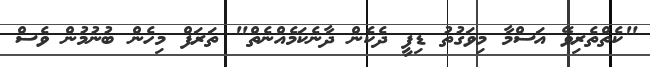
"ކެތްތެރިވޭ އަސްމާ މިވަގުތު ޑިފީ ދެކެން ދާނެކަމެއްނެތް" ތަރަފް މިހެން ބުނުމުން ވެސް